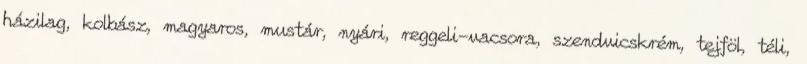
házilag, kolbász, magyaros, mustár, nyári, reggeli-vacsora, szendvicskrém, tejföl, téli,